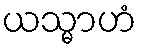
ယသ္မာဟံ